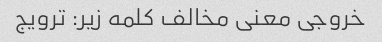
خروجی معنی مخالف کلمه زیر: ترویج